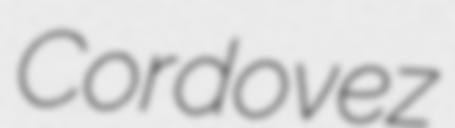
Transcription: Cordovez